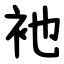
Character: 衪